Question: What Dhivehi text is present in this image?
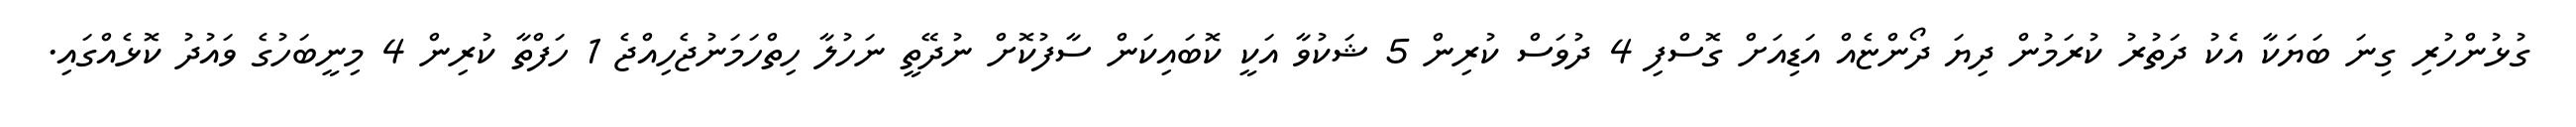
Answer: ގުޅުންހުރި ގިނަ ބަޔަކާ އެކު ދަތުރު ކުރަމުން ދިޔަ ދޯންޏެއް އަޑިއަށް ގޮސްފި 4 ދުވަސް ކުރިން 5 ޝަކުވާ އަކީ ކޮބައިކަން ސާފުކޮށް ނުދޭތީ ނަހުލާ ހިތްހަމަނުޖެހިއްޖެ 1 ހަފްތާ ކުރިން 4 މިނީބަހުގެ ވައުދު ކޮޅެއްގައި.